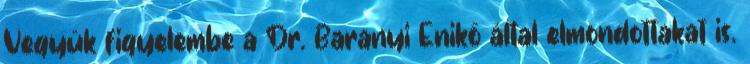
Vegyük figyelembe a Dr. Baranyi Enikő által elmondottakat is.